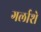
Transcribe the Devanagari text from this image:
गर्लाशे